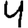
Digit: 4